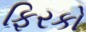
ફિરકો